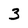
Character: 3